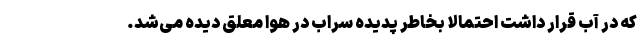
که در آب قرار داشت احتمالا بخاطر پدیده سراب در هوا معلق دیده می‌شد.